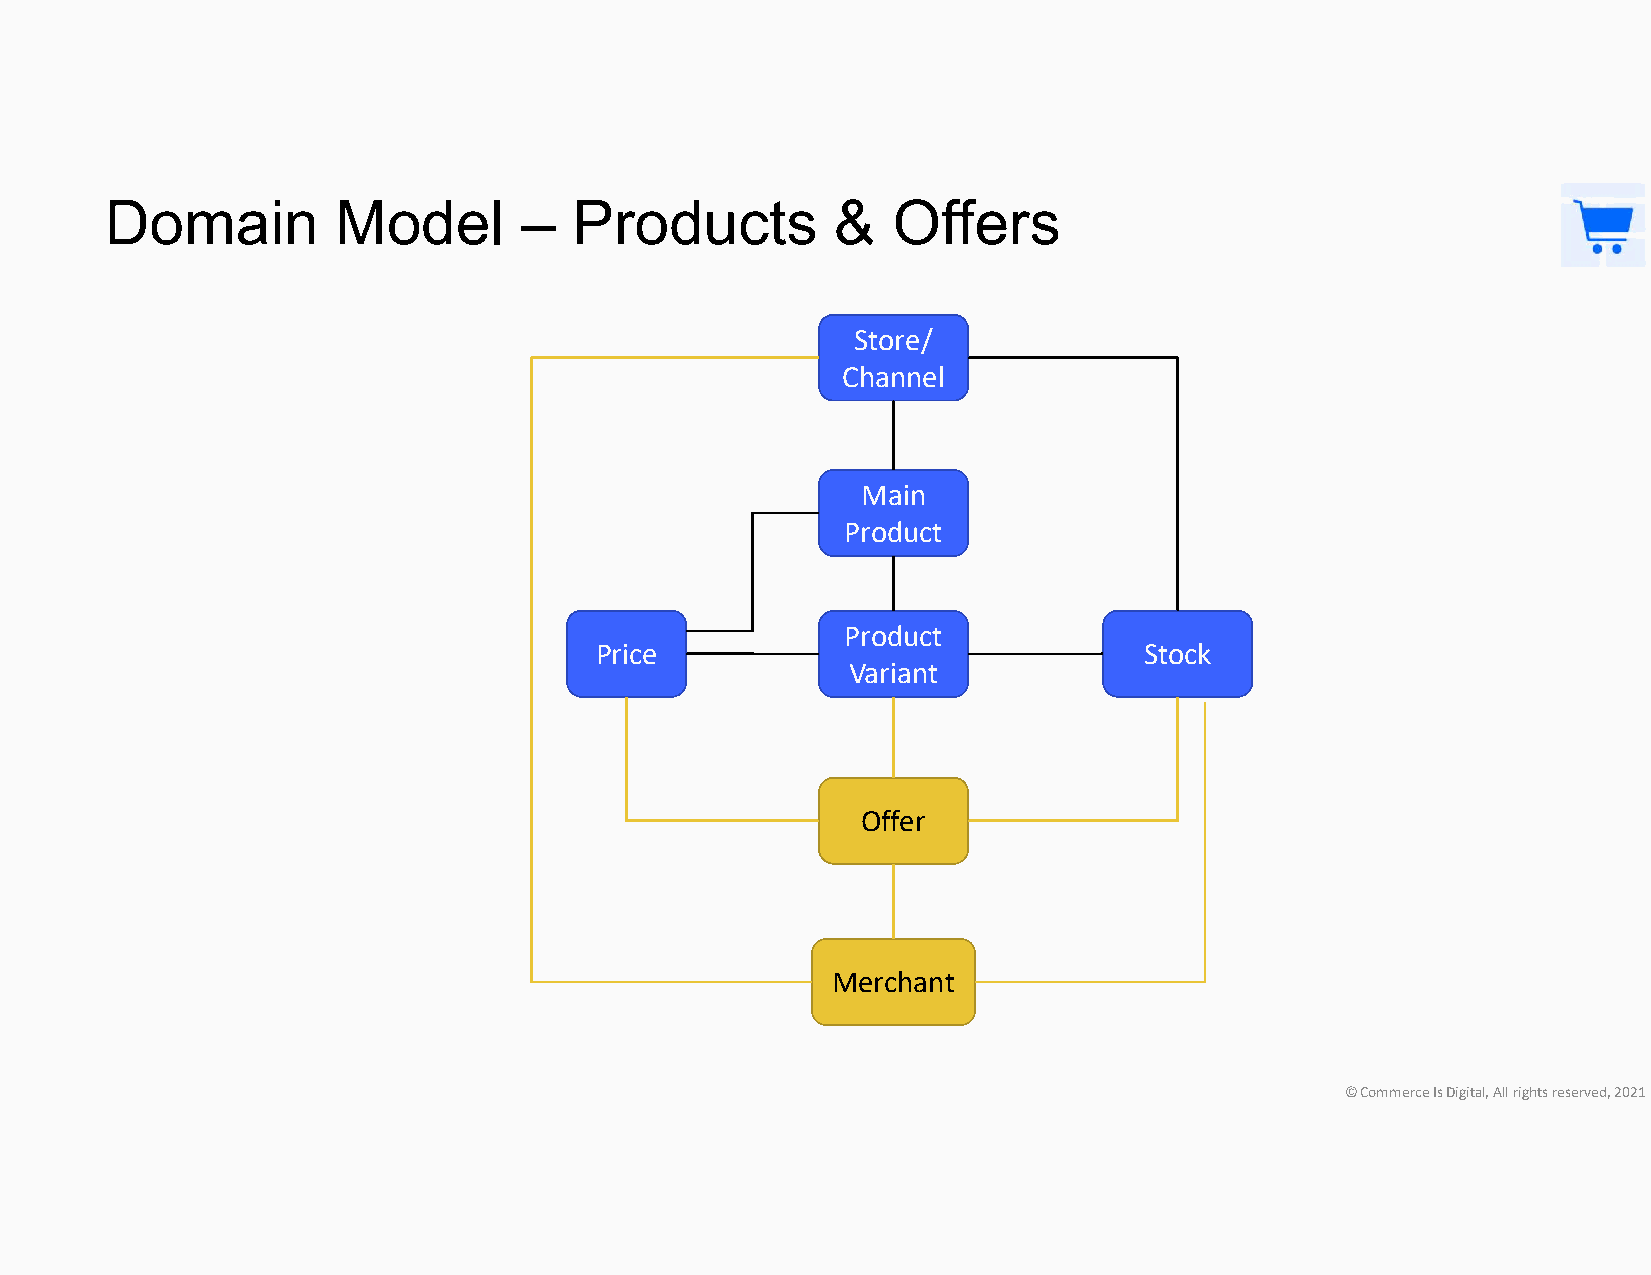
Domain         Model       –   Products         &   Offers
 Store/
 Channel
 Main
 Product
 Product
 Price                                Stock
 Variant
 Offer
 Merchant
 © Commerce Is Digital, All rights reserved, 2021